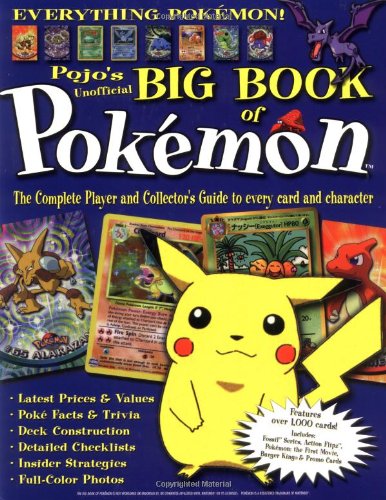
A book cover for The Big Book of Pokemon: The Ultimate Player and Collector's Guide; Triumph Books; Science Fiction & Fantasy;